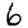
Digit: 6